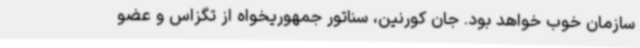
سازمان خوب خواهد بود. جان کورنین، سناتور جمهوریخواه از تگزاس و عضو